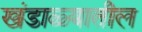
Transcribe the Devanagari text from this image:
खंडाळ्यातील